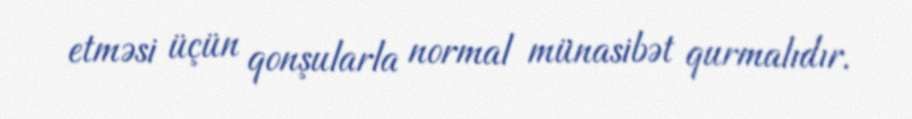
etməsi üçün qonşularla normal münasibət qurmalıdır.